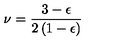
\nu = { \frac { 3 - \epsilon } { 2 \left( 1 - \epsilon \right) } }